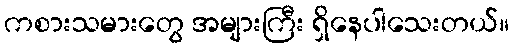
ကစားသမားတွေ အများကြီး ရှိနေပါသေးတယ်။